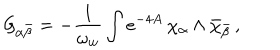
{ \cal G } _ { \alpha { \bar { \beta } } } = - { \frac { 1 } { \omega _ { w } } } \int e ^ { - 4 A } \, \chi _ { \alpha } \wedge { \bar { \chi } } _ { \bar { \beta } } \, ,